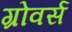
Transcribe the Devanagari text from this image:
ग्रोवर्स